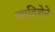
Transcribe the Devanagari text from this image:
त्यादिशेने